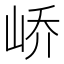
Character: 峤